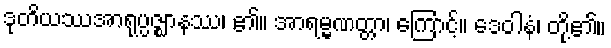
ဒုတိယဿအာရုပ္ပဇ္ဈာနဿ၊ ၏။ အာရမ္မဏတ္တာ၊ ကြောင့်။ ဒေဝါနံ၊ တို့၏။